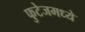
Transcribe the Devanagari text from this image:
फुटेजमध्ये